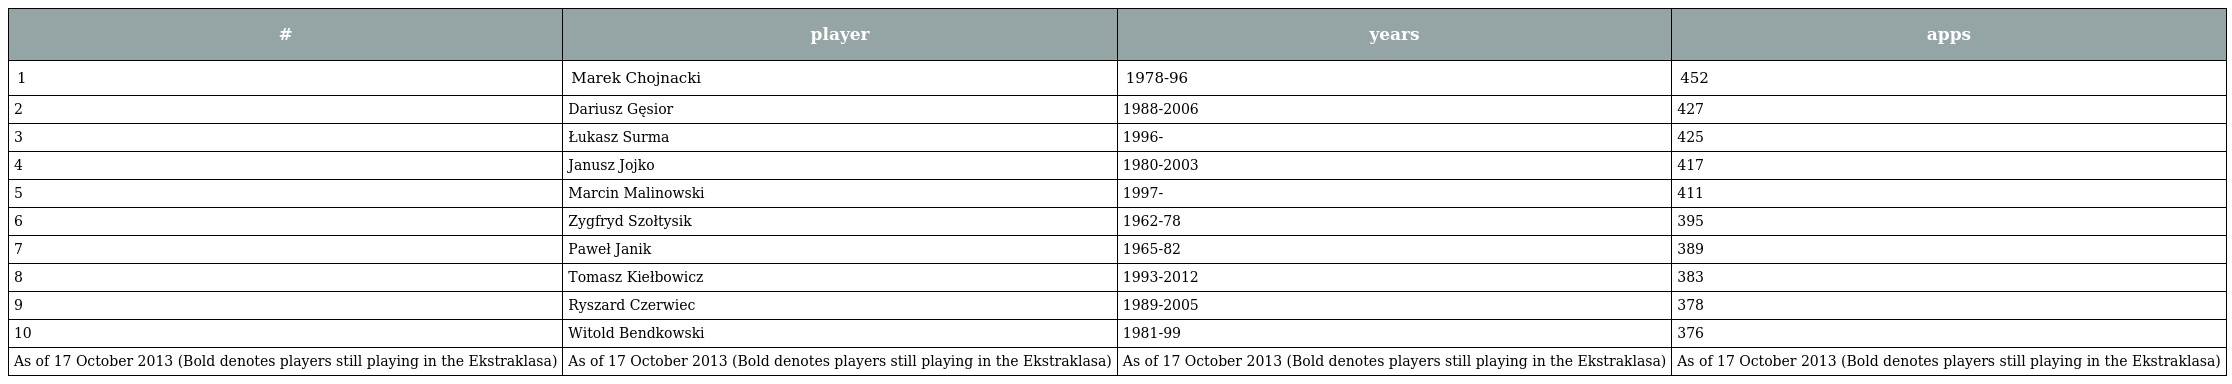
| # | player | years | apps |
 | --- | --- | --- | --- |
 | 1 | Marek Chojnacki | 1978-96 | 452 |
 | 2 | Dariusz Gęsior | 1988-2006 | 427 |
 | 3 | Łukasz Surma | 1996- | 425 |
 | 4 | Janusz Jojko | 1980-2003 | 417 |
 | 5 | Marcin Malinowski | 1997- | 411 |
 | 6 | Zygfryd Szołtysik | 1962-78 | 395 |
 | 7 | Paweł Janik | 1965-82 | 389 |
 | 8 | Tomasz Kiełbowicz | 1993-2012 | 383 |
 | 9 | Ryszard Czerwiec | 1989-2005 | 378 |
 | 10 | Witold Bendkowski | 1981-99 | 376 |
 | As of 17 October 2013 (Bold denotes players still playing in the Ekstraklasa) | As of 17 October 2013 (Bold denotes players still playing in the Ekstraklasa) | As of 17 October 2013 (Bold denotes players still playing in the Ekstraklasa) | As of 17 October 2013 (Bold denotes players still playing in the Ekstraklasa) |